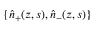
\{ \widehat { n } _ { + } ( z , s ) , \widehat { n } _ { - } ( z , s ) \}